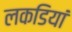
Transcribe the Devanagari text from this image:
लकडियां